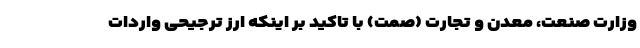
وزارت صنعت، معدن و تجارت (صمت) با تاکید بر اینکه ارز ترجیحی واردات